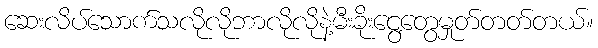
ဆေးလိပ်သောက်သလိုလိုဘာလိုလိုနဲ့မီးခိုးငွေ့တွေမှုတ်တတ်တယ်။